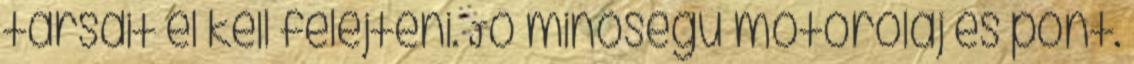
társait el kell felejteni. Jó minőségű motorolaj és pont.